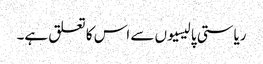
ریاستی پالیسیوں سے اس کا تعلق ہے۔